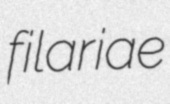
filariae